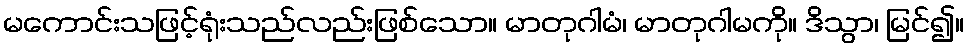
မကောင်းသဖြင့်ရုံးသည်လည်းဖြစ်သော။ မာတုဂါမံ၊ မာတုဂါမကို။ ဒိသွာ၊ မြင်၍။